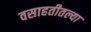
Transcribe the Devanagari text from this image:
वसाहतीतल्या